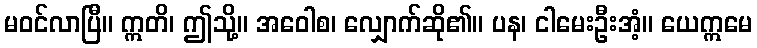
မဝင်လာပြီ။ ဣတိ၊ ဤသို့။ အဝေါစ၊ လျှောက်ဆို၏။ ပန၊ ငါမေးဦးအံ့။ ယေဣမေ